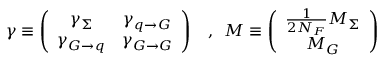
\gamma \equiv \left( \begin{array} { c c } { { \gamma _ { \Sigma } } } & { { \gamma _ { q \to G } } } \\ { { \gamma _ { G \to q } } } & { { \gamma _ { G \to G } } } \end{array} \right) \, \, \, \, \, , \, \, \, M \equiv \left( \begin{array} { c } { { \frac { 1 } { 2 N _ { F } } M _ { \Sigma } } } \\ { { M _ { G } } } \end{array} \right) \nonumber